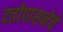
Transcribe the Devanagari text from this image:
दत्तोपासनेचें